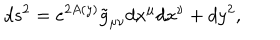
LaTeX: d s ^ { 2 } = e ^ { 2 A \left( y \right) } \tilde { g } _ { \mu \nu } d x ^ { \mu } d x ^ { \nu } + d y ^ { 2 } ,